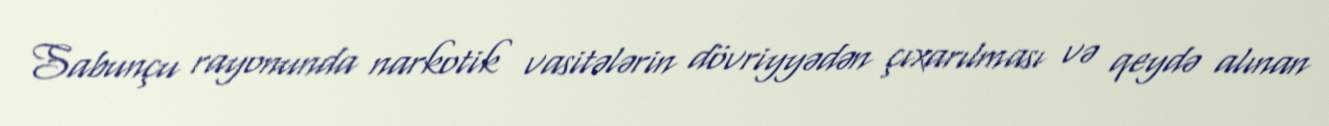
Sabunçu rayonunda narkotik vasitələrin dövriyyədən çıxarılması və qeydə alınan